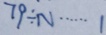
7 9 \div N \cdots 1